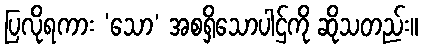
ပြလိုရကား ‘သော’ အစရှိသောပါဌ်ကို ဆိုသတည်း။